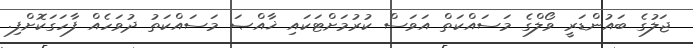
ޖަލުގެ ބައުންޑަރީ ވޯލްގެ މަސައްކަތް އަވަސް ކުރުމަށްޓަކައި ޚާއްޞަ މަސައްކަތު ދުވަހެއް ފާހަގަކޮށްފި.